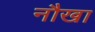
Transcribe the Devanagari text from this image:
नौखा